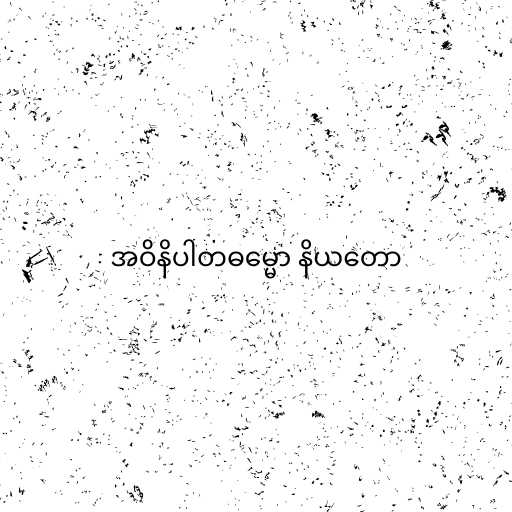
အဝိနိပါတဓမ္မော နိယတော